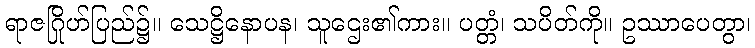
ရာဇဂြိုဟ်ပြည်၌။ သေဋ္ဌိနောပန၊ သူဌေး၏ကား။ ပတ္တံ၊ သပိတ်ကို။ ဥဿာပေတွာ၊